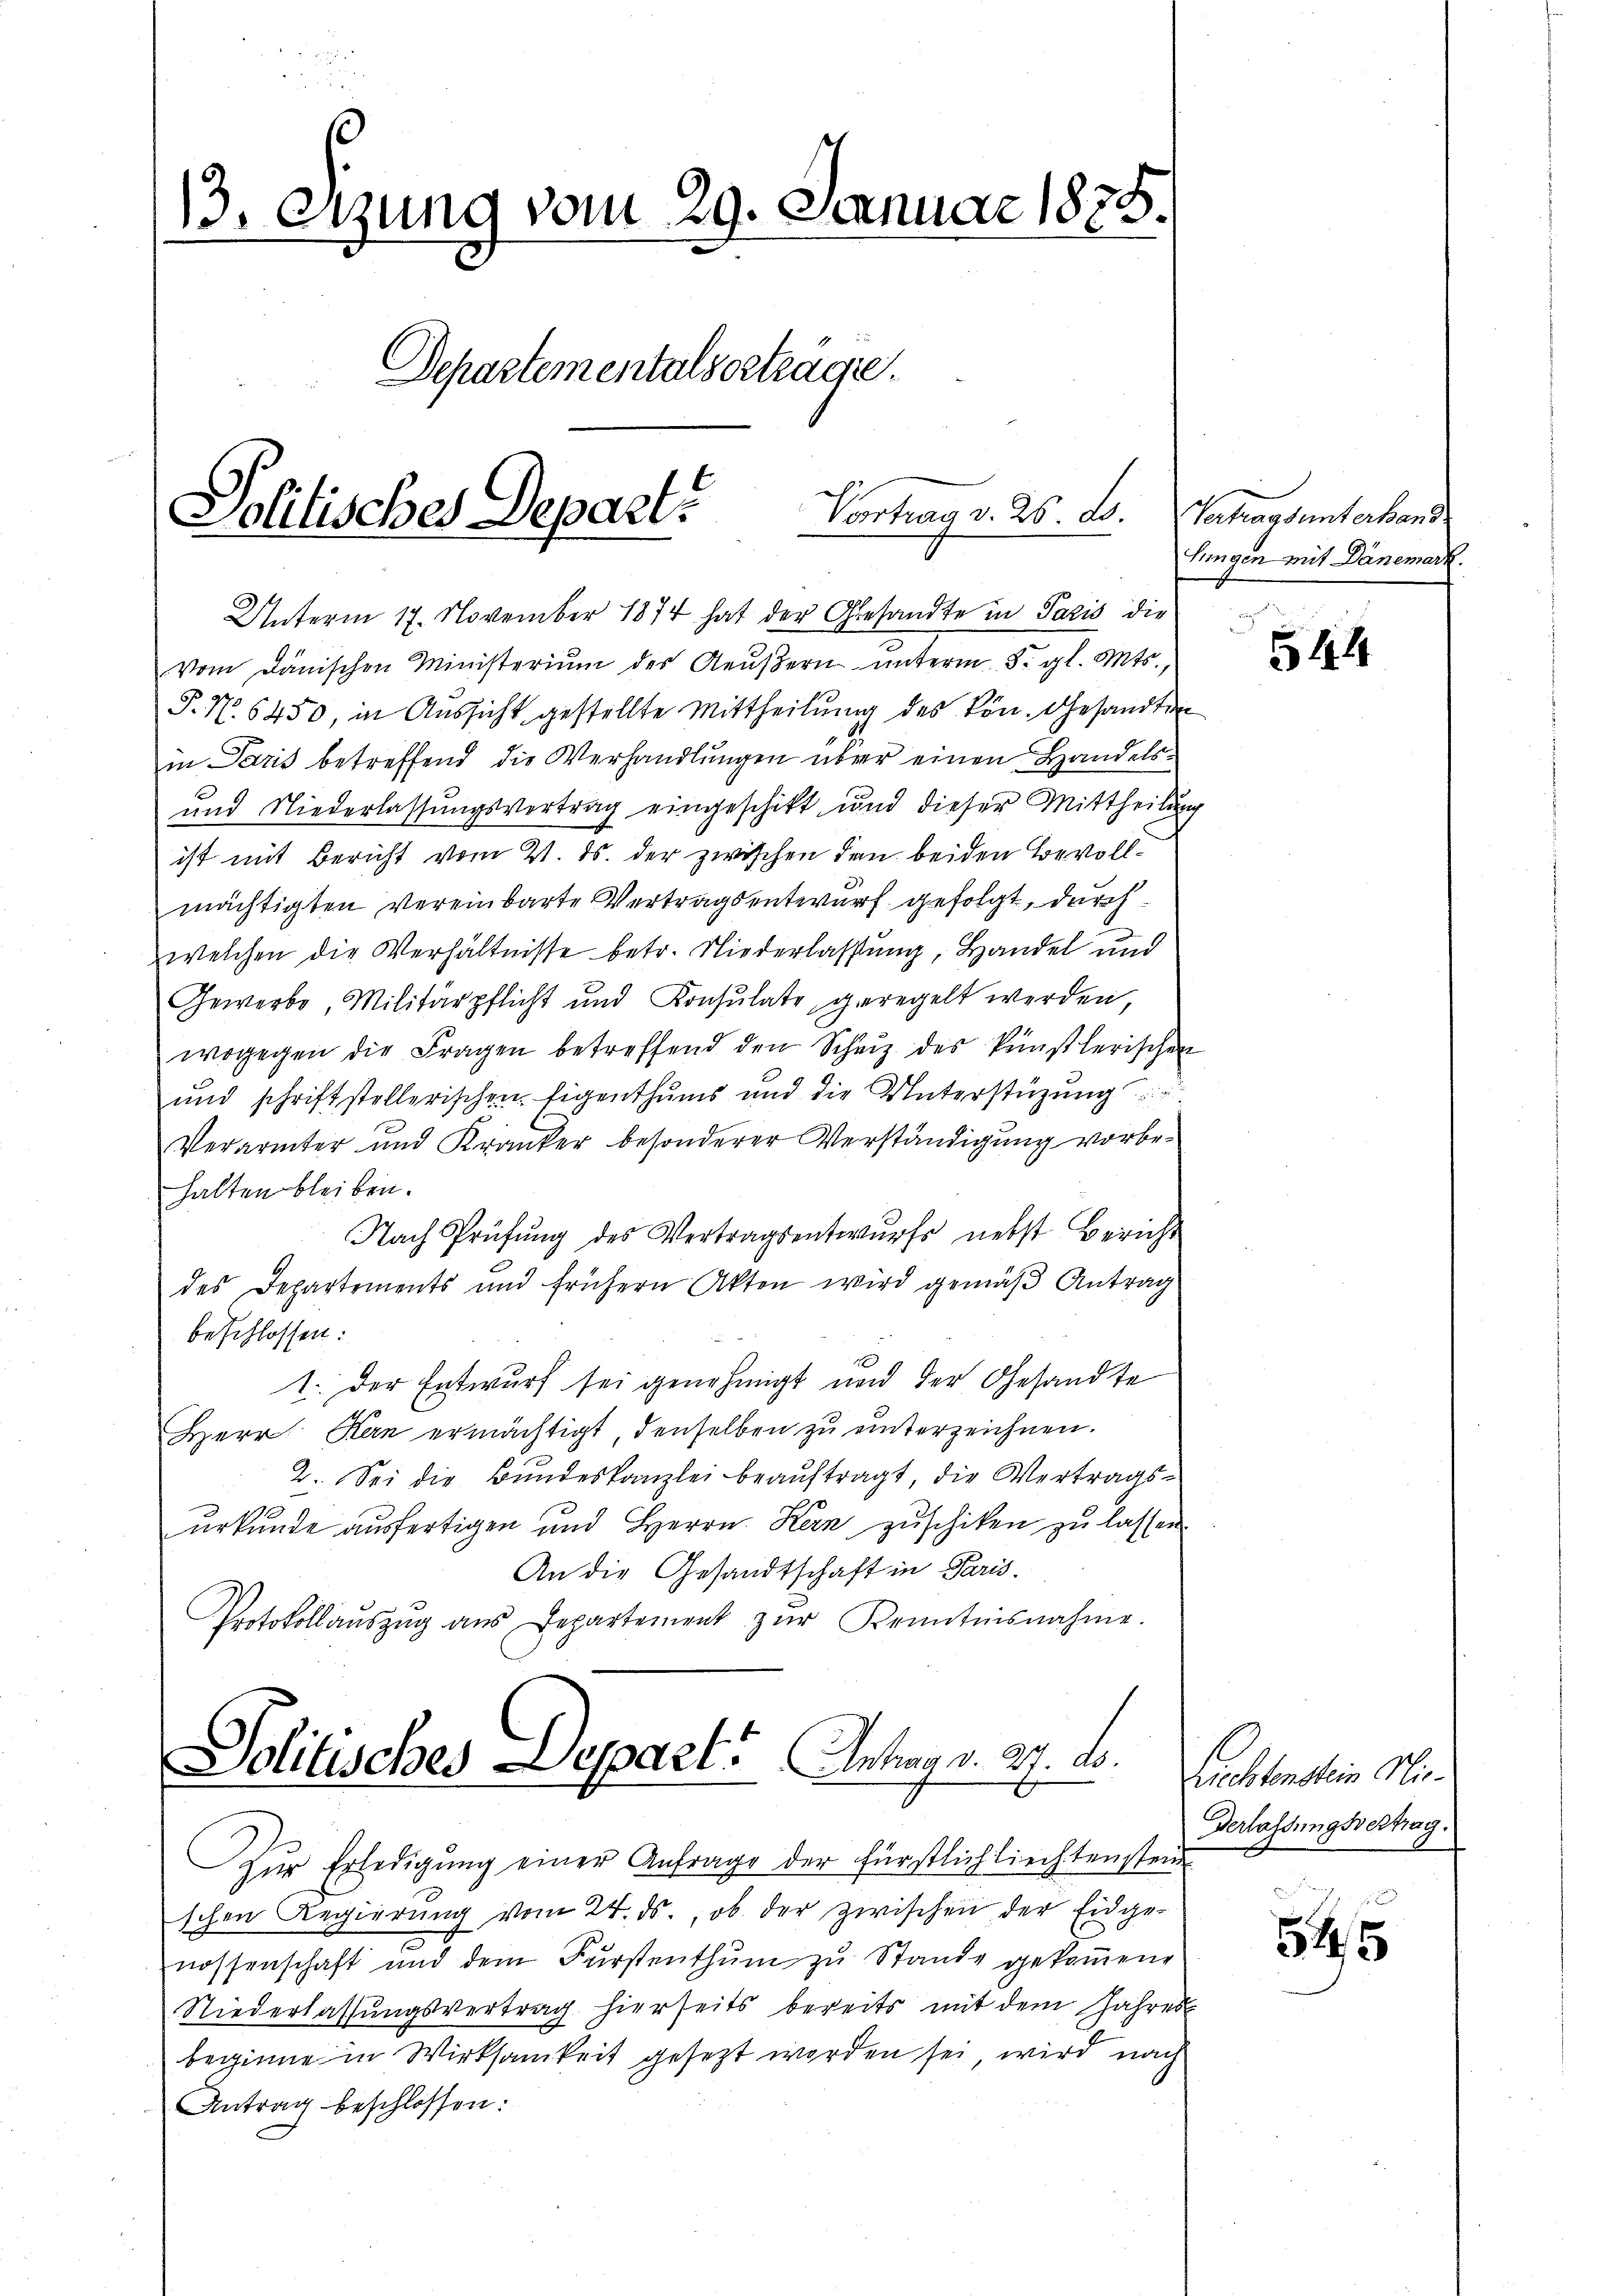
13. etzung vom 29. Januar 1875.
Departementalsorträge.
Vortrag v. 26. ds. Vertragsunterhand
Politisches Depart

Unterm 17. November 1874 hat der Gesandte in Paris die
Vom dänischen Ministerium des Aeußern unterm 8. gl. Mts.,
P. Nr. 6450, in Aussicht gestellte Mittheilung des kön. Gesandten
in Paris betreffend die Verhandlungen über einen Handels¬
und Niederlassungsvertrag eingeschikt, und dieser Mittheilung
ist mit Bericht vom 21. ds. der zwischen den beiden Bevollmächtigten vereinbarte Vertragsentwurf gefolgt, durch
welchen die Verhältnisse betr. Niederlassung, Handel und
Gewerbe Militärpflicht und Konsulate geregelt werden,
wogegen die Fragen betreffend den Schutz des künstlerischen
und schriftstellerischen Eigenthums und die Unterstüzung
Verärmter und Kranker besonderer Verständigung vorbe-
halten bleiben.
Nach Prüfŭng des Vertragsentwurfs nebst Bericht
des Departements und frühern Akten wird gemäß Antrag
beschlossen:
1. Der Entwurf sei genehmigt und der Gesandte
Herr Kan ermächtigt denselben zu unterzeichnen.
2. Sei die Bŭndeskanzlei beaŭftragt, die Vertrags-
urkunde ausfertigen und Herrn Kern zuschiken zu lassen.
An die Gesandtschaft in Paris.
Protokollaŭszŭg aŭs Departement zŭr Kenntnisnahme.
Politisches Depart. Antrag v. 27. d.
Zŭr Erledigŭng einer Anfrage der fürstlich liechtenstein
schen Regierung vom 24. ds., ob der zwischen der Eidge-
nossenschaft und dem Fürstenthum zu Stande gekommene
Niederlassungsvertrag hierseits bereits mit dem Jahres
beginne in Wirksamkeit gesezt worden sei wird nach
Antrag beschlossen:

lingen mit Danemark.

544

Richtenstein Nie¬
Verlassungsvertrag.

54/5